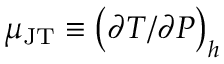
\mu _ { \mathrm { J T } } \equiv \left( \partial T / \partial P \right) _ { h }